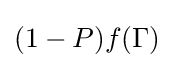
(1-P)f(\Gamma )